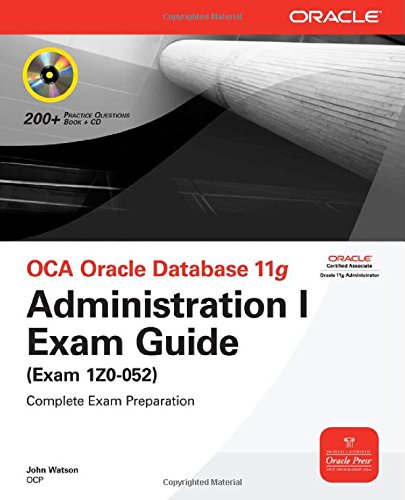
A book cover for OCA Oracle Database 11g Administration I Exam Guide (Exam 1Z0-052); John Watson; Computers & Technology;